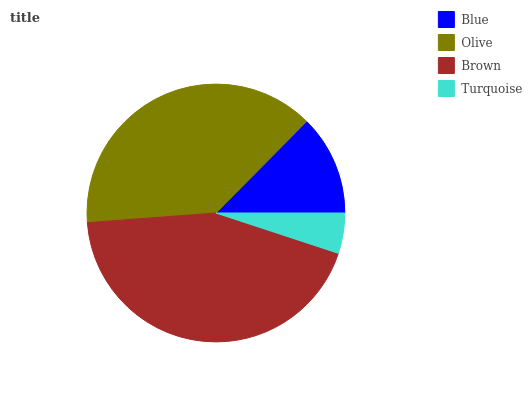
| Blue | Olive | Brown | Turquoise |
 | --- | --- | --- | --- |
 | 12.6% | 38.6% | 43.7% | 5.06% |